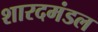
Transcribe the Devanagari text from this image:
शारदमंडल